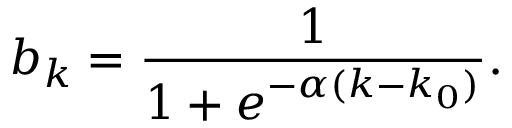
b _ { k } = \frac { 1 } { 1 + e ^ { - \alpha ( k - k _ { 0 } ) } } .